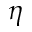
\eta